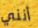
أنني